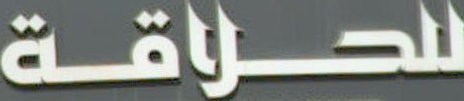
للحلاقة